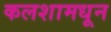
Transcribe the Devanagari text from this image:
कलशामधून